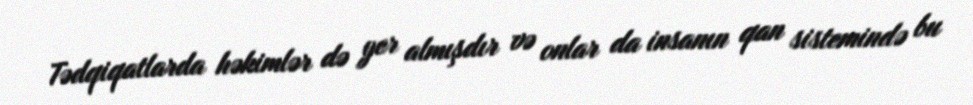
Tədqiqatlarda həkimlər də yer almışdır və onlar da insanın qan sistemində bu